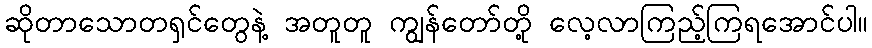
ဆိုတာသောတရှင်တွေနဲ့ အတူတူ ကျွန်တော်တို့ လေ့လာကြည့်ကြရအောင်ပါ။